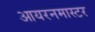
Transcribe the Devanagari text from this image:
आयरनमास्टर